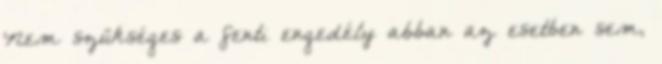
Nem szükséges a fenti engedély abban az esetben sem,